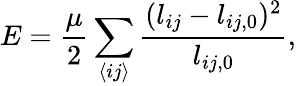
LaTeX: E=\frac{\mu}{2}\sum_{\langle ij\rangle}^{}\frac{(l_{ij}-l_{ij,0})^{2}}{l_{ij,0}},